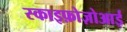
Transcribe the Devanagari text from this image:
स्काइफ़ोज़ोआई